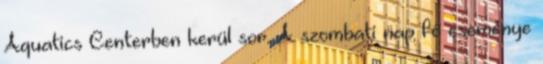
Aquatics Centerben kerül sor. A szombati nap fő eseménye